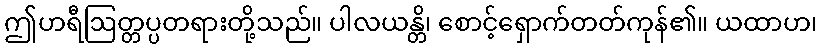
ဤဟရီဩတ္တပ္ပတရားတို့သည်။ ပါလယန္တိ၊ စောင့်ရှောက်တတ်ကုန်၏။ ယထာဟ၊